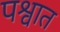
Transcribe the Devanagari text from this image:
पश्वात